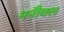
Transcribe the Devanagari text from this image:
मनौवल